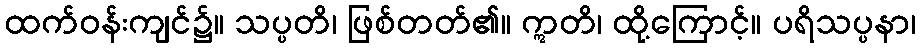
ထက်ဝန်းကျင်၌။ သပ္ပတိ၊ ဖြစ်တတ်၏။ ဣတိ၊ ထို့ကြောင့်။ ပရိသပ္ပနာ၊